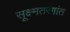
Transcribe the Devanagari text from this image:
सूक्ष्मतरंगांत